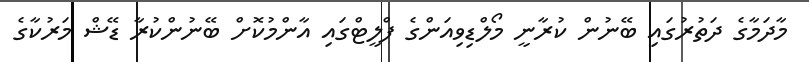
މާދަމާގެ ދަތުރުގައި ބޭނުން ކުރާނީ މޯލްޑިވިއަންގެ ފްލީޓްގައި އާންމުކޮށް ބޭނުންކުރާ ޑޭޝް މަރުކާގެ